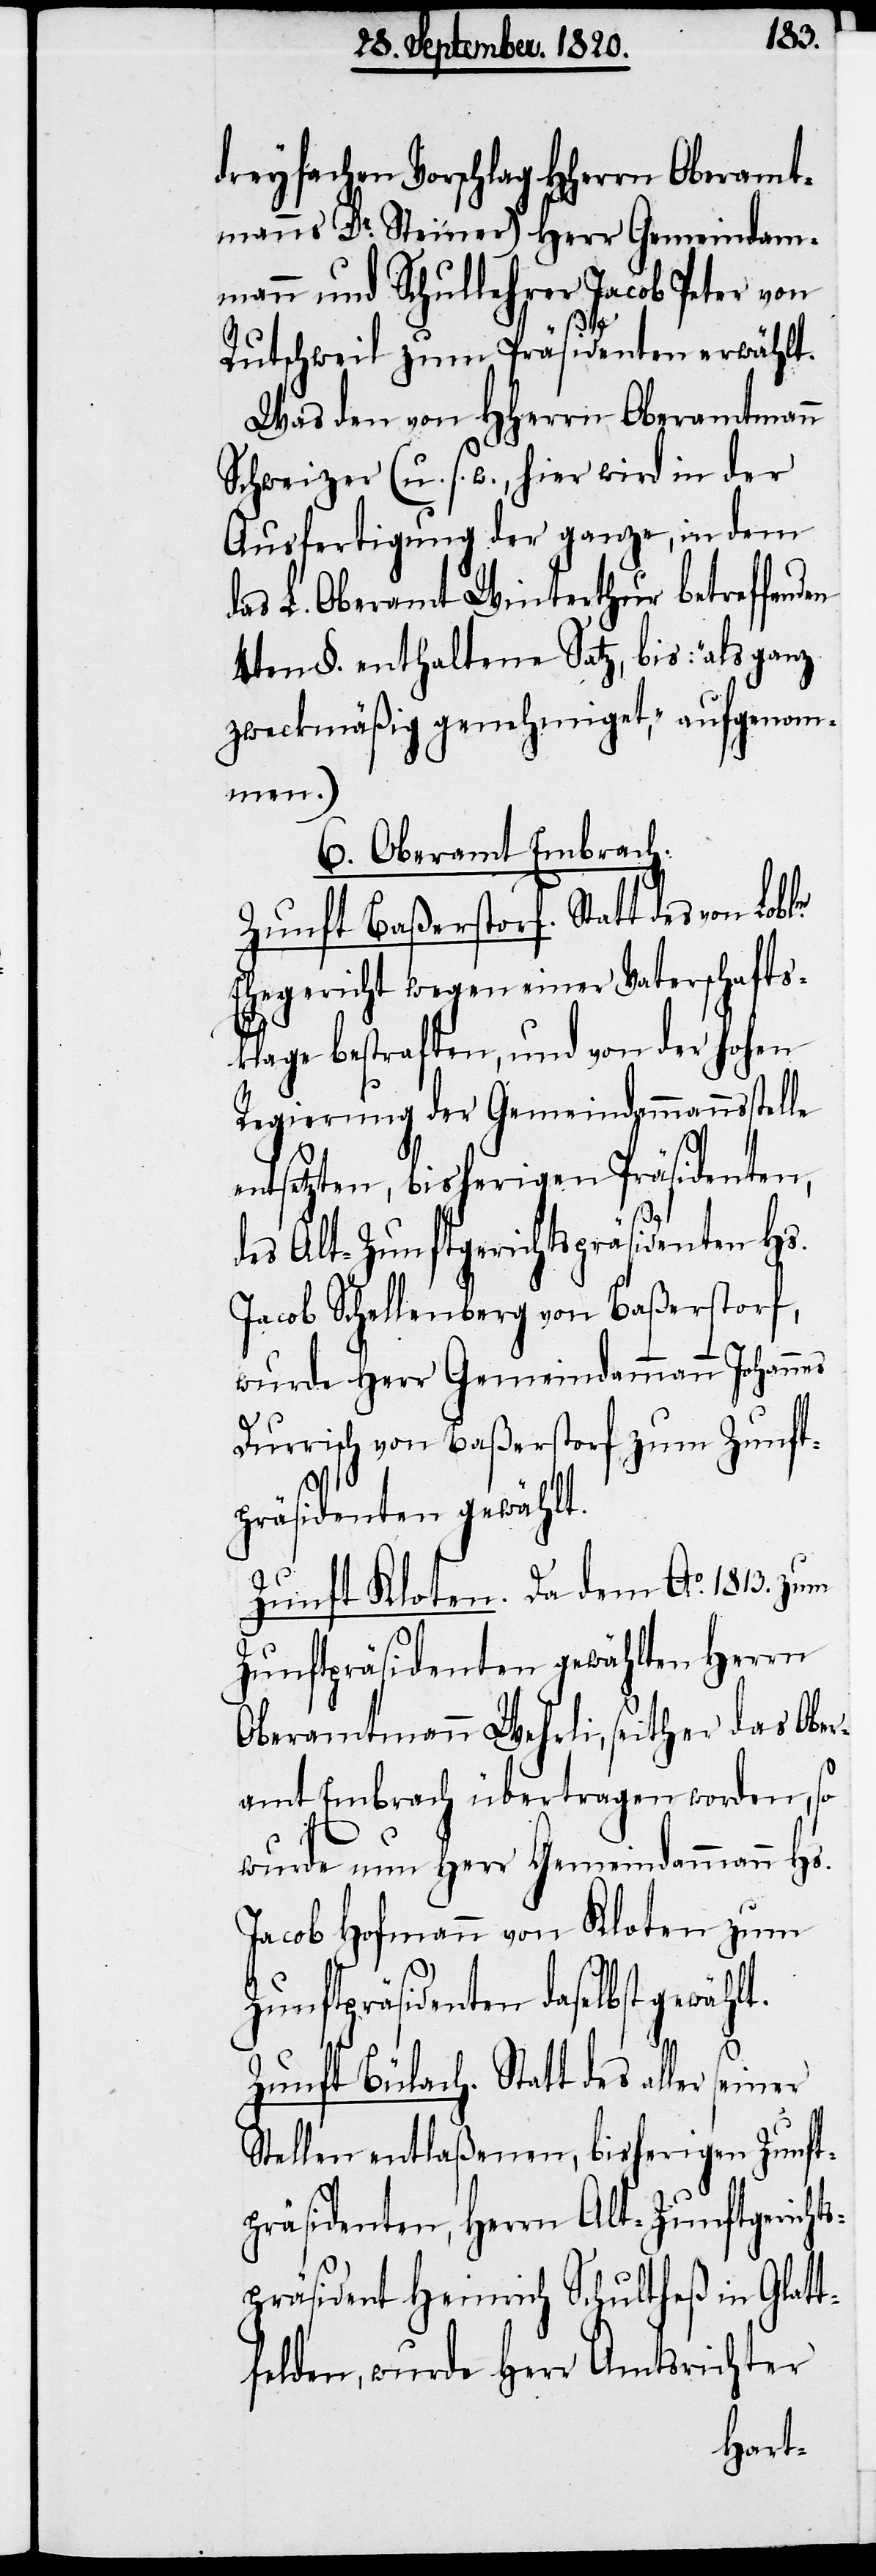
t.
dreyfachen Vorschlag HHerrn Oberamt¬
manns Dr. Steiner) Herr Gemeindam¬
mann und Schullehrer Jacob Peter von
Rutschweil zum Präsidenten erwählt.
Was den von HHerrn Oberamtmann
Schweizer (u. s. w., hier wird in der
Ausfertigung der ganze, in den
das L. Oberamt Winterthur betreffend¬
4ten §. enthaltenen Satz, bis: „als ganz
zweckmäßig genehmiget“, aufgenom¬
men.)
6. Oberamt Embrach:
Zunft Baßerstorf. Statt des von
Ehegericht wegen einer Vaterschafts¬
klage bestraften, und von der hohen
Regierung der Gemeindammannstelle
entsetzten, bisherigen Präsidenten,
des Alt-Zunftgerichtspräsidenten Hs.
Jacob Schellenberg von Baßerstorf,
wurde Herr Gemeindammann Johannes
Durrisch von Baßerstorf zum Zunft¬
präsidenten gewählt.
Zunft Kloten. Da dem Ao. 1813. zum
Zunftpräsidenten gewählten Herrn
Oberamtmann Wehrli, seither das Ober¬
amt Embrach übertragen worden, so
wurde nun Herr Gemeindammann Hs.
Jacob Hofmann von Kloten zum
Zunftpräsidenten daselbst gewähl¬
Zunft Bülach. Statt des aller seiner
Stellen entlaßenen, bisherigen Zunft¬
präsidenten, Herrn Alt-Zunftgericht¬
spräsident Heinrich Schultheß in Glatt¬
felden, wurde Herr Amtsrichter